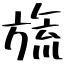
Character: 旒